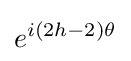
e^{i(2h-2)\theta }